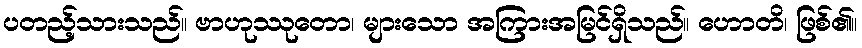
ပတည့်သားသည်။ ဗာဟုဿုတော၊ များသော အကြားအမြင်ရှိသည်။ ဟောတိ၊ ဖြစ်၏။